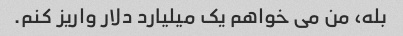
بله، من می خواهم یک میلیارد دلار واریز کنم.